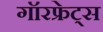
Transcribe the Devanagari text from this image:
गॉरफ्रेट्स